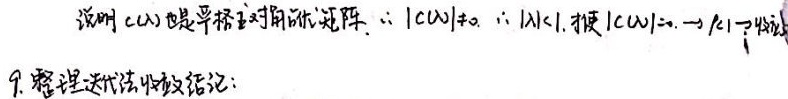
说明 $C(\omega)$ 是严格对角优势矩阵，$\therefore |C(\omega)|\neq 0$，$\therefore \exists |\lambda|<1$，使 $|C(\omega)-\lambda I| = 0$，$\lambda I$ 一特征值。
9. 整理迭代法收敛结论：